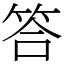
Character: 答